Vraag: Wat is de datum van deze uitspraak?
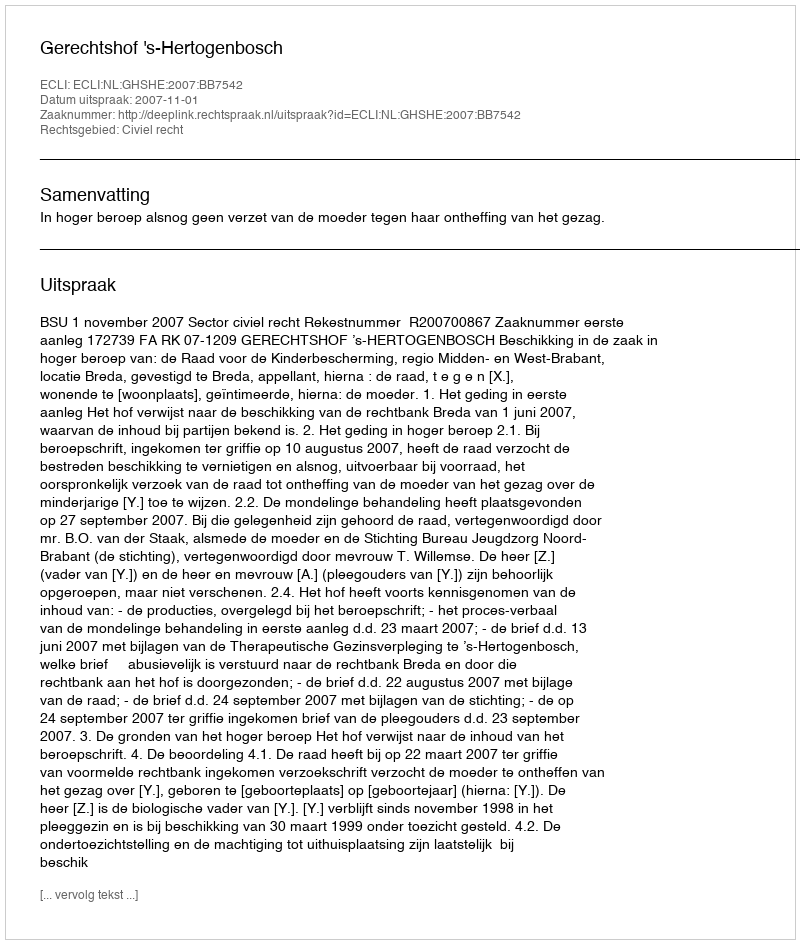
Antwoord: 2007-11-01